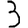
Digit: 3